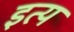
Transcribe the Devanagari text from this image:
इत्य